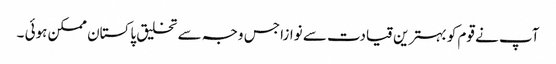
آپ نے قوم کو بہترین قیادت سے نوازا جس وجہ سے تخلیق پاکستان ممکن ہوئی ۔